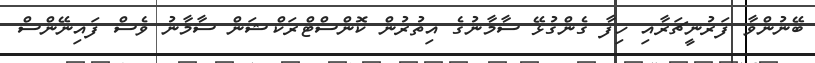
ބޭނުންވާ ފަރުނީޗަރާއި ހިފާ ގެންގުޅޭ ސާމާނުގެ އިތުރުން ކޮންސްޓްރަކްޝަން ސާމާނު ވެސް ފައިނޭންސް